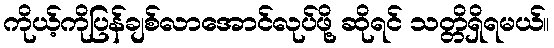
ကိုယ့်ကိုပြန်ချစ်လာအောင်လုပ်ဖို့ ဆိုရင် သတ္တိရှိရမယ်။